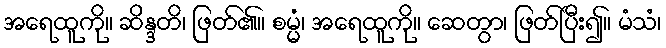
အရေထူကို။ ဆိန္ဒတိ၊ ဖြတ်၏။ စမ္မံ၊ အရေထူကို။ ဆေတွာ၊ ဖြတ်ပြီး၍။ မံသံ၊